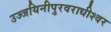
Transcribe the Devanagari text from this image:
उज्जयिनीपुरवराधीश्वर